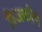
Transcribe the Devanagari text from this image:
विजकोष